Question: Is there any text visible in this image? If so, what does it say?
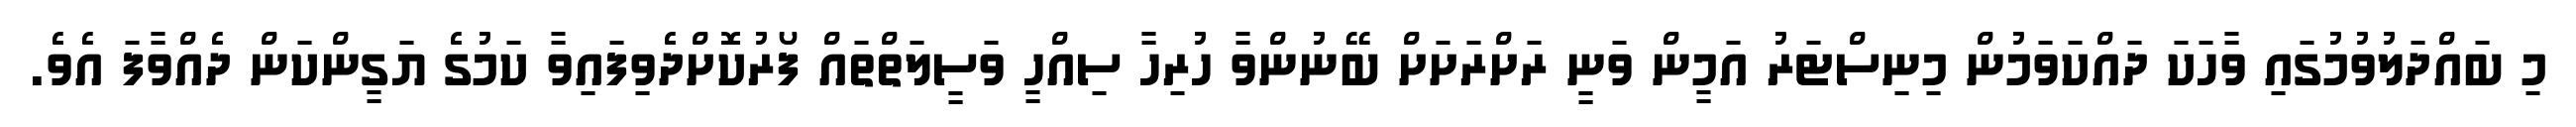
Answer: މި ބައްދަލުވުމުގައި ވާހަކަ ދައްކަވަމުން މިނިސްޓަރު އަމީން ވަނީ ރަށްރަށަށް ބޭނުންވާ ހުރިހާ ސިއްހީ ވަސީލަތްތައް ފޯރުކޮށްދެވިފައިވާ ކަމުގެ ޔަގީންކަން ދެއްވާފަ އެވެ.